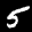
Label: 5